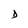
Character: D